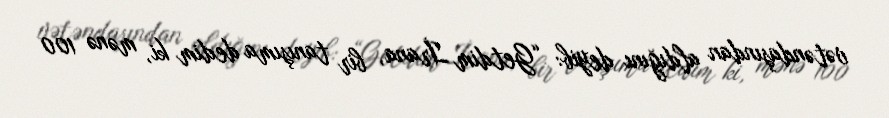
vətəndaşından aldığını deyib: “Getdim İrana, bir tanışıma dedim ki, mənə 100